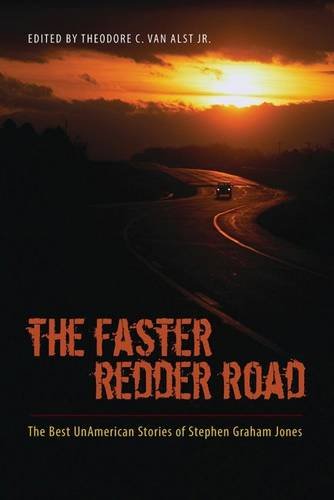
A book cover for The Faster Redder Road: The Best UnAmerican Stories of Stephen Graham Jones; Stephen Graham Jones; Science Fiction & Fantasy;